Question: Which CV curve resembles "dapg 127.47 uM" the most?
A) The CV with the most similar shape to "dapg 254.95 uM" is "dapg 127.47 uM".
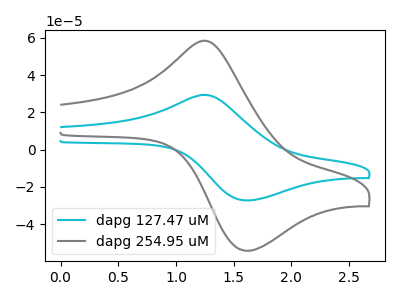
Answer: <think>The cyan curve "dapg 127.47 uM" has an anodic peak at (1.30V, 29.20uA) and a cathodic peak at (1.60V, -27.30uA). The gray curve "dapg 254.95 uM" has an anodic peak at (1.30V, 58.10uA) and a cathodic peak at (1.60V, -54.30uA).
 All the peaks in "dapg 127.47 uM" have a peak in "dapg 254.95 uM" at the same potential. Every peak in "dapg 127.47 uM" is lower than every peak in "dapg 254.95 uM".</think>
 <answer>A) The CV with the most similar shape to "dapg 254.95 uM" is "dapg 127.47 uM".</answer>
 <eval>A</eval>